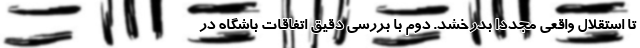
تا استقلال واقعی مجددا بدرخشد. دوم با بررسی دقیق اتفاقات باشگاه در